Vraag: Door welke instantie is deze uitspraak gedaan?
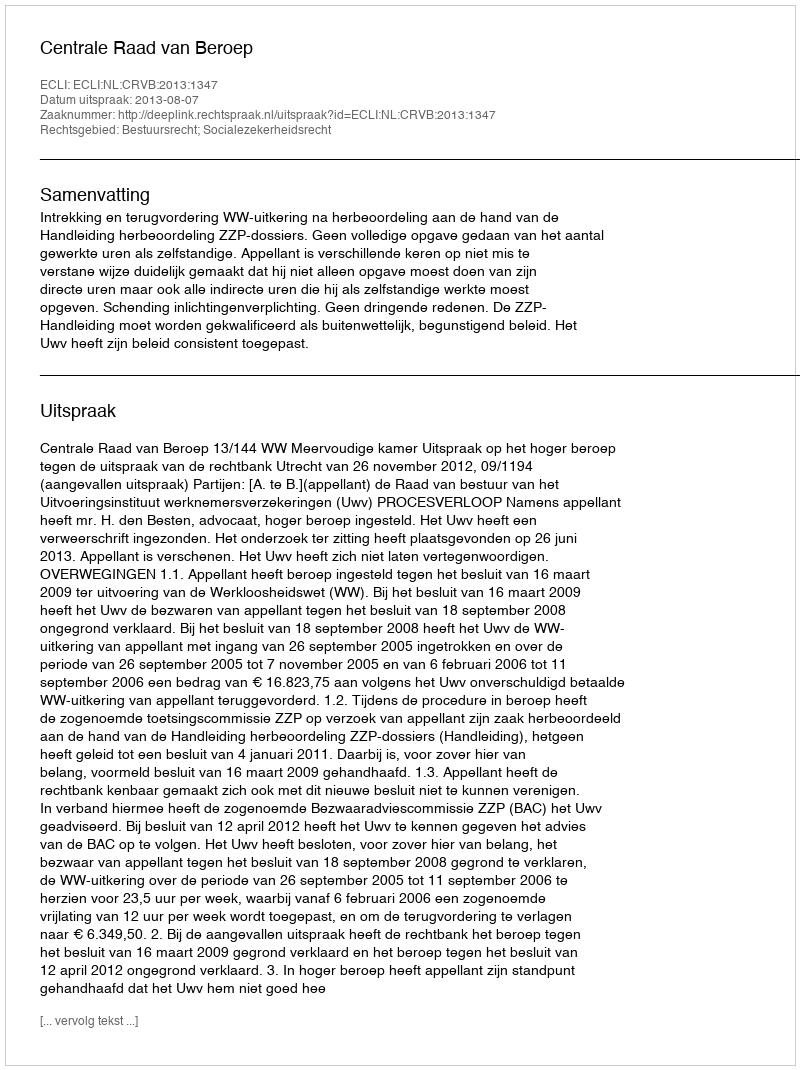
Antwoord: Centrale Raad van Beroep